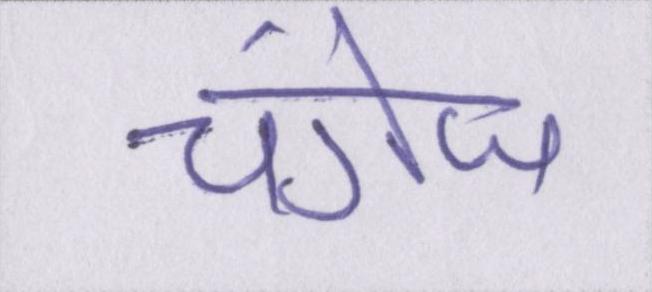
चंगेज